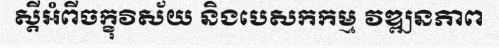
ស្តីអំពីចក្ខុវិស័យ និងបេសកកម្ម វឌ្ឍនភាព